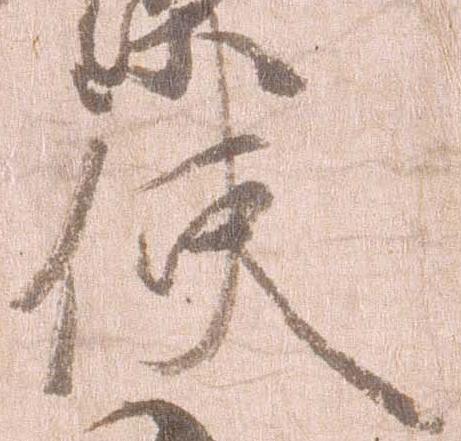
使